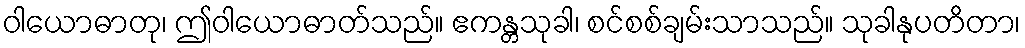
ဝါယောဓာတု၊ ဤဝါယောဓာတ်သည်။ ဧကန္တသုခါ၊ စင်စစ်ချမ်းသာသည်။ သုခါနုပတိတာ၊